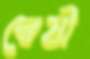
দ্বেষী